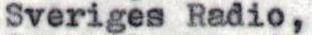
Sveriges Radio,